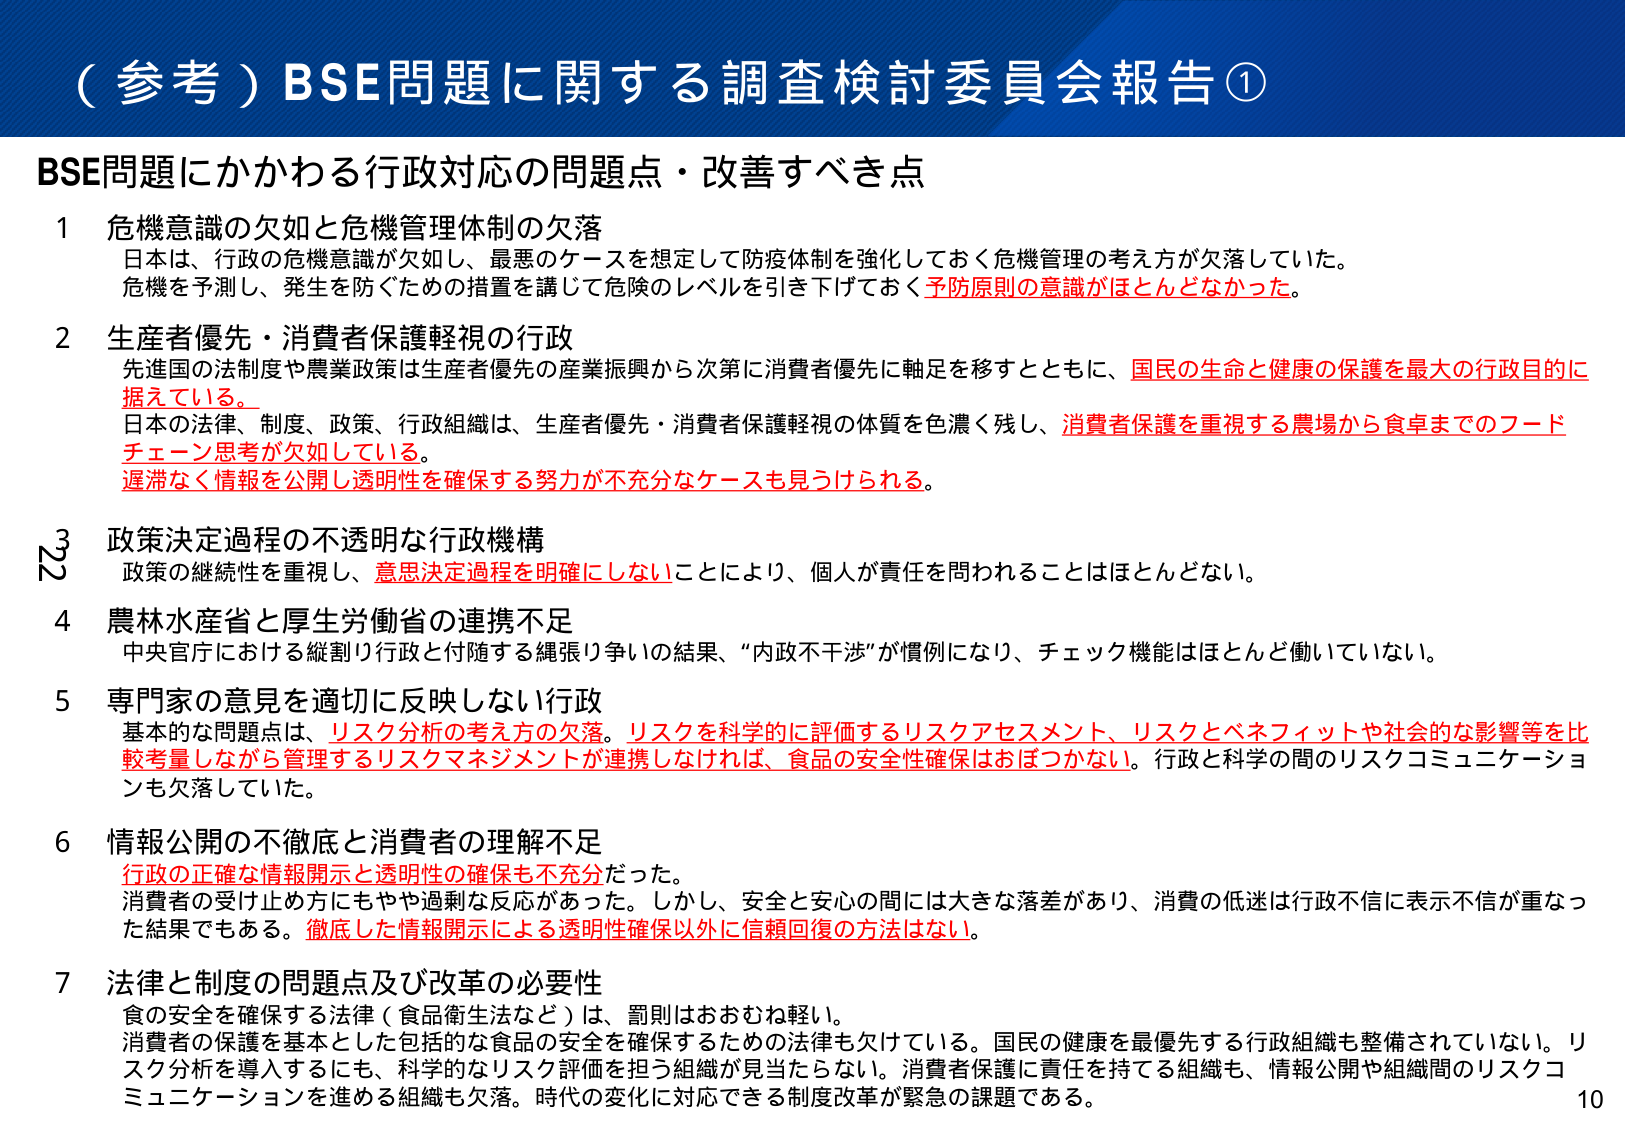
（参考）BSE問題に関する調査検討委員会報告①

BSE問題にかかわる行政対応の問題点・改善すべき点

1 危機意識の欠如と危機管理体制の欠落
日本は、行政の危機意識が欠如し、最悪のケースを想定して防疫体制を強化しておく危機管理の考え方が欠落していた。
危機を予測し、発生を防ぐための措置を講じて危険のレベルを引き下げておく予防原則の意識がほとんどなかった。

2 生産者優先・消費者保護軽視の行政
先進国の法制度や農業政策は生産者優先の産業振興から次第に消費者優先に軸足を移すとともに、国民の生命と健康の保護を最大の行政目的に据えている。
日本の法律、制度、政策、行政組織は、生産者優先・消費者保護軽視の体質を色濃く残し、消費者保護を重視する農場から食卓までのフードチェーン思考が欠如している。
遅滞なく情報を公開し透明性を確保する努力が不充分なケースも見うけられる。

3 政策決定過程の不透明な行政機構
政策の継続性を重視し、意思決定過程を明確にしないことにより、個人が責任を問われることはほとんどない。

4 農林水産省と厚生労働省の連携不足
中央官庁における縦割り行政と付随する縄張り争いの結果、“内政不干渉”が慣例になり、チェック機能はほとんど働いていない。

5 専門家の意見を適切に反映しない行政
基本的な問題点は、リスク分析の考え方の欠落。リスクを科学的に評価するリスクアセスメント、リスクとベネフィットや社会的な影響等を比較考量しながら管理するリスクマネジメントが連携しなければ、食品の安全性確保はおぼつかない。行政と科学の間のリスクコミュニケーションも欠落していた。

6 情報公開の不徹底と消費者の理解不足
行政の正確な情報開示と透明性の確保も不充分だった。
消費者の受け止め方にもやや過剰な反応があった。しかし、安全と安心の間には大きな落差があり、消費の低迷は行政不信に表示不信が重なった結果でもある。徹底した情報開示による透明性確保以外に信頼回復の方法はない。

7 法律と制度の問題点及び改革の必要性
食の安全を確保する法律（食品衛生法など）は、罰則はおおむね軽い。
消費者の保護を基本とした包括的な食品の安全を確保するための法律も欠けている。国民の健康を最優先する行政組織も整備されていない。リスク分析を導入するにも、科学的なリスク評価を担う組織が見当たらない。消費者保護に責任を持てる組織も、情報公開や組織間のリスクコミュニケーションを進める組織も欠落。時代の変化に対応できる制度改革が緊急の課題である。

10